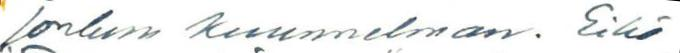
jonkun kuunnelman. Eikö